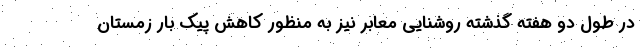
در طول دو هفته گذشته روشنایی معابر نیز به منظور کاهش پیک بار زمستان